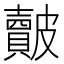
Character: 皾